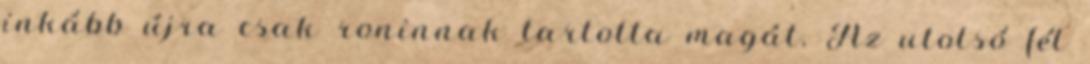
inkább újra csak roninnak tartotta magát. Az utolsó fél